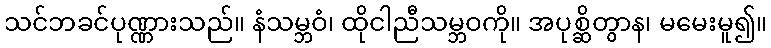
သင်ဘခင်ပုဏ္ဏားသည်။ နံသမ္ဘဝံ၊ ထိုငါညီသမ္ဘဝကို။ အပုစ္ဆိတွာန၊ မမေးမူ၍။